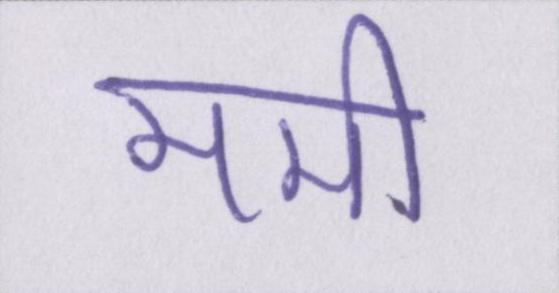
ममी